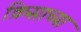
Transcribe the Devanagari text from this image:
क्रिसाच्या